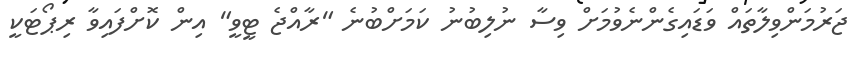
ޖަރުމަންވިލާތައް ވަޑައިގެންނެވުމަށް ވިސާ ނުލިބުނު ކަމަށްބުނެ "ރާއްޖެ ޓީވީ" އިން ކޮށްފައިވާ ރިޕޯޓަކީ